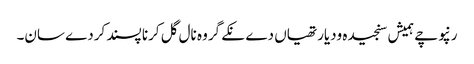
رنپوچے ہمیش سنجیدہ ودیارتھیاں دے نکے گروہ نال گل کرنا پسند کردے سان۔